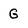
Character: G